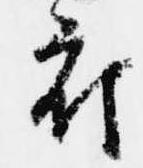
府